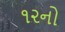
૧૨નો